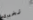
نخبرك